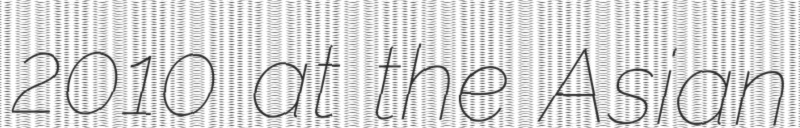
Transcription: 2010 at the Asian